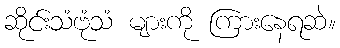
ဆိုင်းသံဗုံသံ များကို ကြားနေရဆဲ။